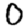
Digit: 0